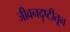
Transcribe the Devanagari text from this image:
जीवनदृष्टीतून